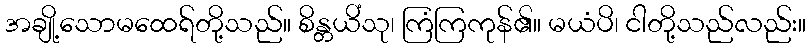
အချို့သောမထေရ်တို့သည်။ စိန္တယိံသု၊ ကြံကြကုန်၏။ မယံပိ၊ ငါတို့သည်လည်း။